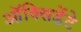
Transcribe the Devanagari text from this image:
ऑक्सिडेंटे